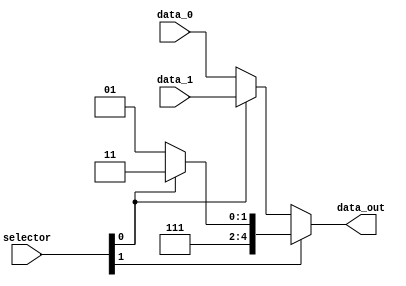
module mux_RegDST(
    input wire [1:0] selector,
    input wire [4:0] data_0,
    input wire [4:0] data_1,
    output wire [4:0] data_out
);

    wire[4:0] A1;
    wire[4:0] A2;

    assign A1 = (selector[0]) ? data_1 : data_0;
    assign A2 = (selector[0]) ? 5'b11111 : 5'b11101;
    assign data_out = (selector[1]) ? A2 : A1;
 
endmodule